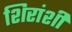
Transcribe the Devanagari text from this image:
शिरांशी